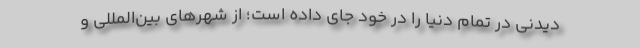
دیدنی در تمام دنیا را در خود جای داده است؛ از شهرهای بین‌المللی و